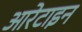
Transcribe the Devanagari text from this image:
आरेटाइन